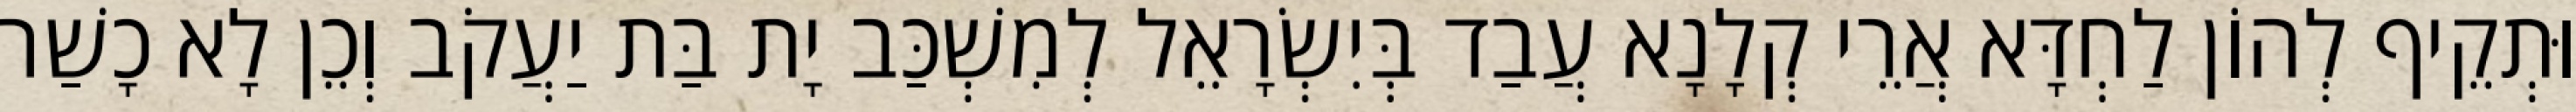
וּתְקֵיף לְהוֹן לַחְדָּא אֲרֵי קְלָנָא עֲבַד בְּיִשְׂרָאֵל לְמִשְׁכַּב יָת בַּת יַעֲקֹב וְכֵן לָא כָשַׁר